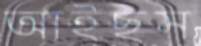
আইছস